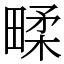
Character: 㽥